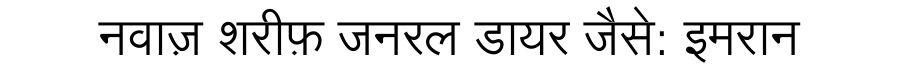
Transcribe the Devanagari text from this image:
नवाज़ शरीफ़ जनरल डायर जैसे: इमरान